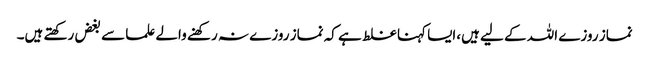
نماز روزے اللہ کے لیے ہیں،ایسا کہنا غلط ہے کہ نماز روزے نہ رکھنے والے علما سے بغض رکھتے ہیں۔